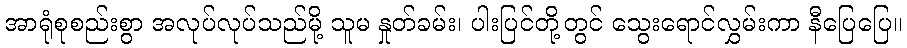
အာရုံစုစည်းစွာ အလုပ်လုပ်သည်မို့ သူမ နှုတ်ခမ်း၊ ပါးပြင်တို့တွင် သွေးရောင်လွှမ်းကာ နီပြေပြေ။